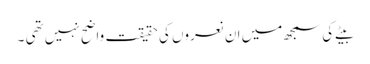
بیٹے کی سمجھ میں ان نعروں کی حقیقت واضح نہیں تھی ۔